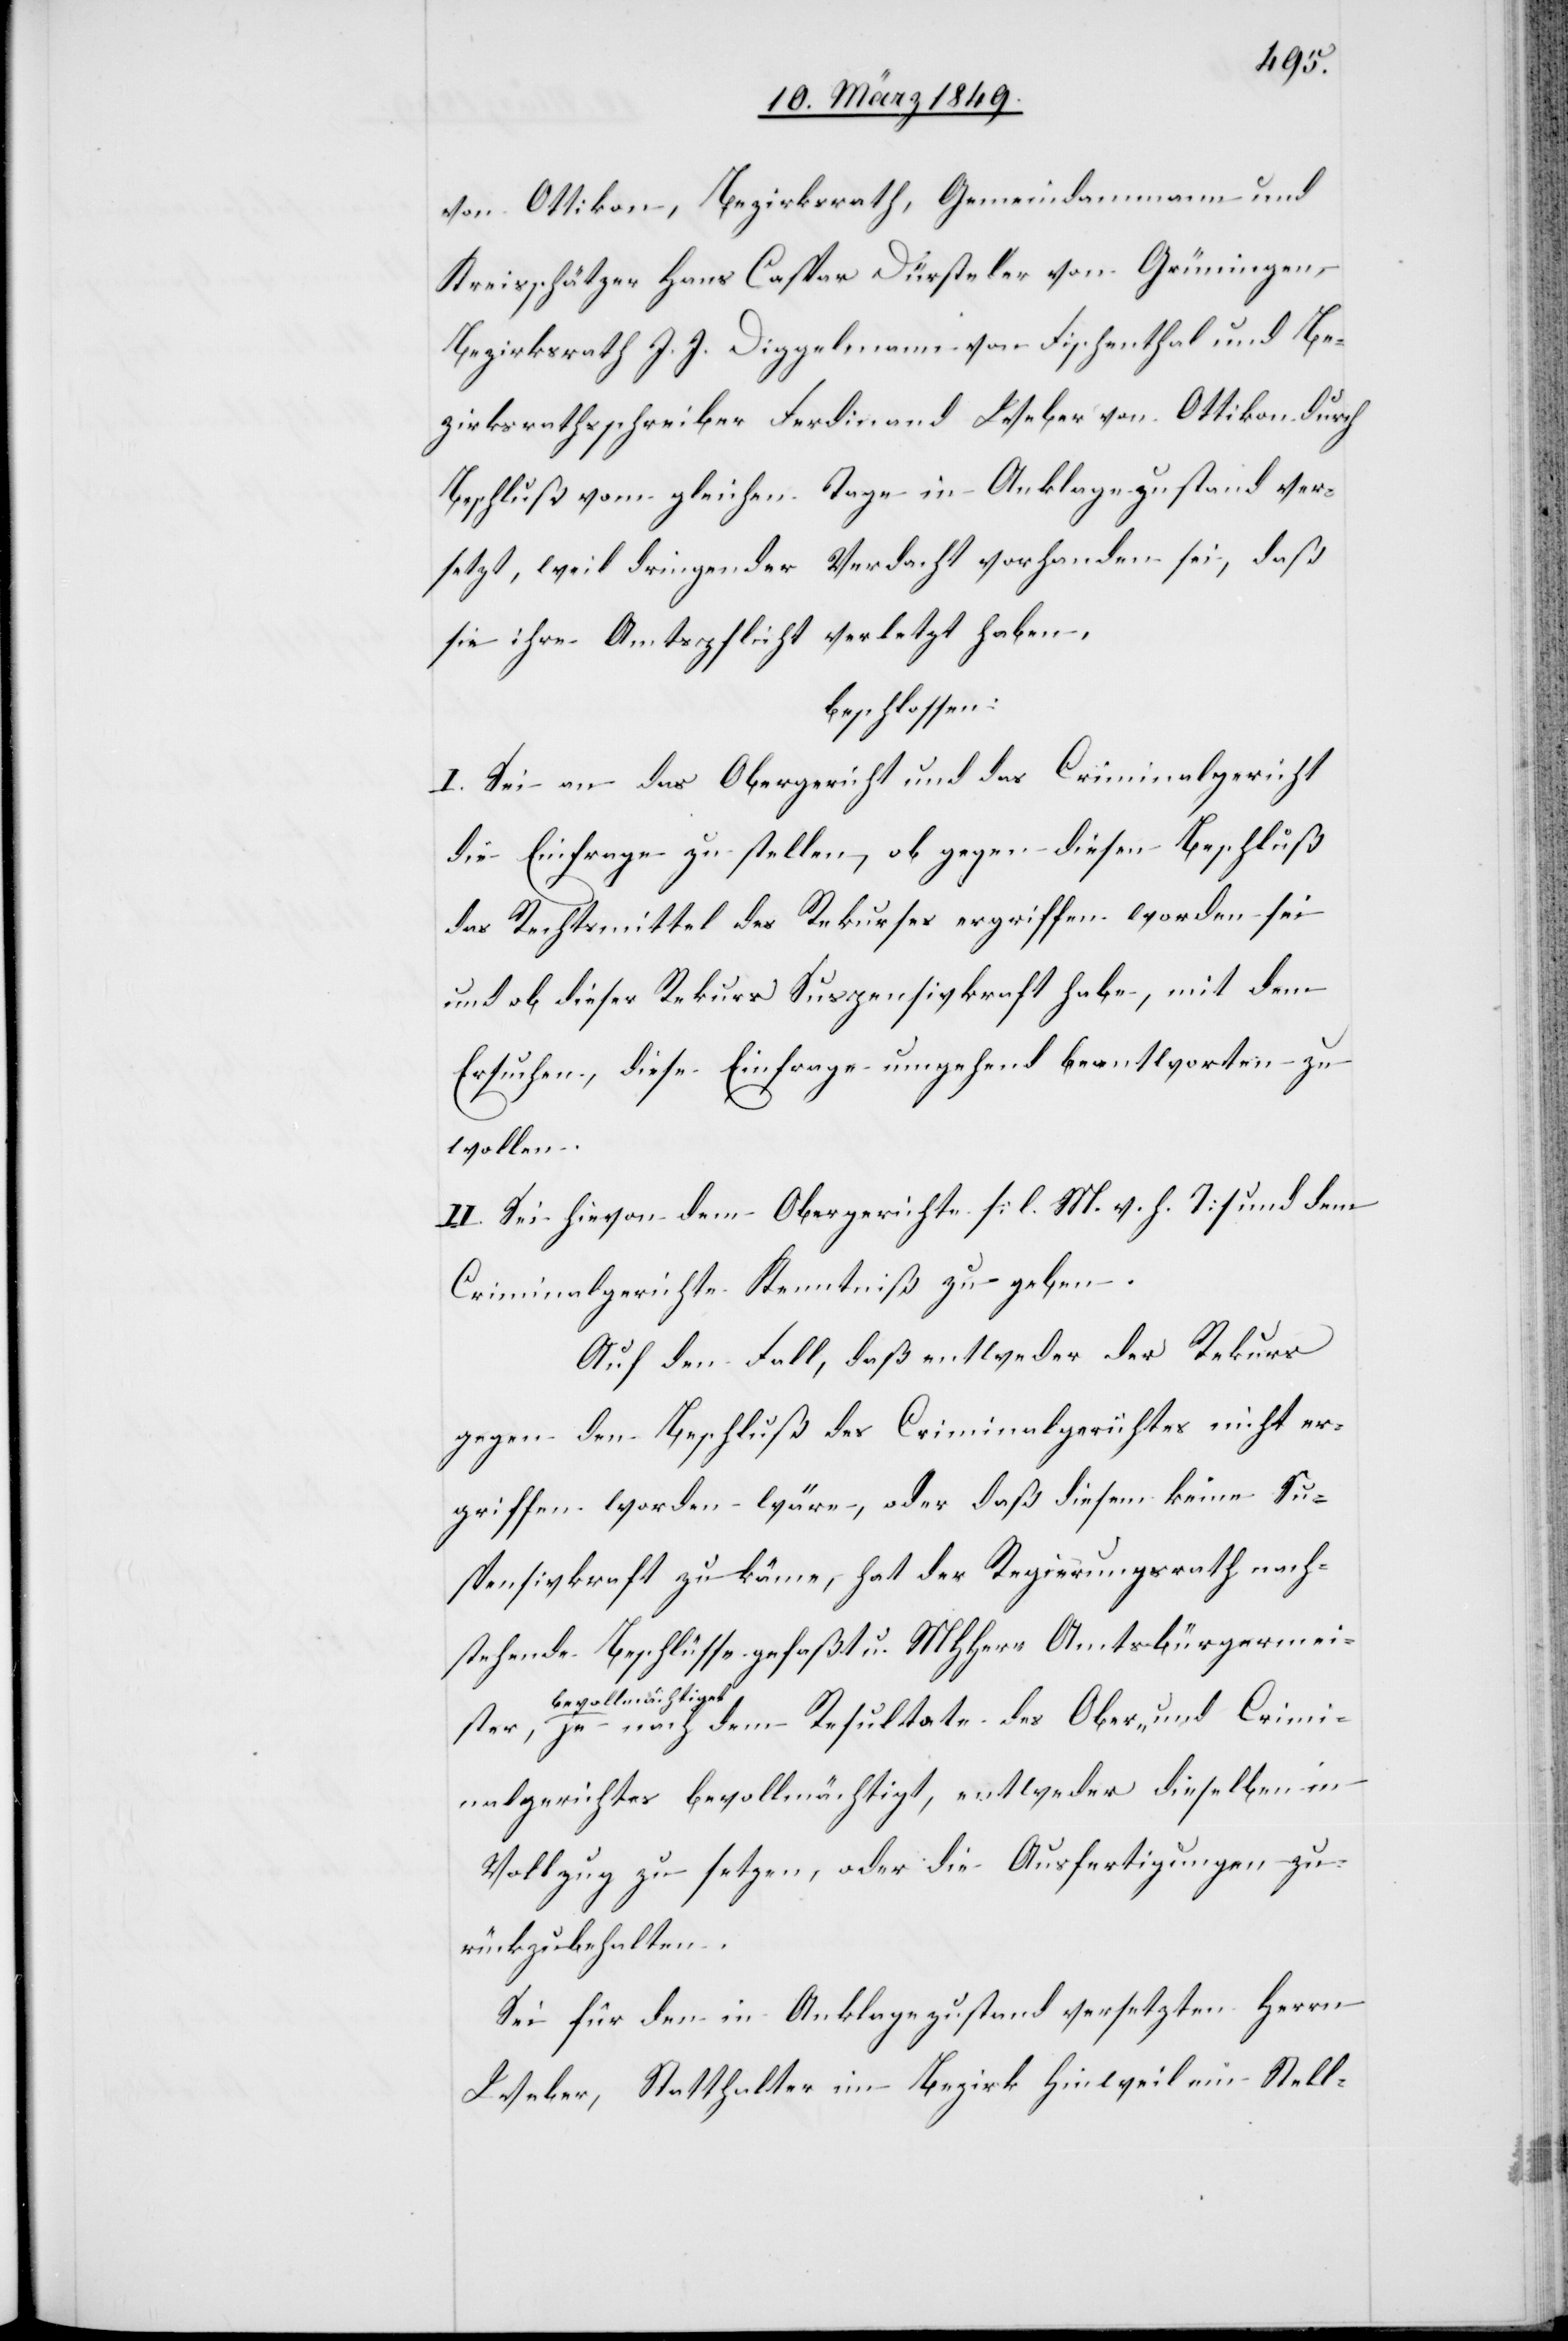
ster
von Ottikon, Bezirksrath, Gemeindammann und
Kreisschätzer Hans Caspar Dürsteler von Grüningen,
Bezirksrath J. J. Diggelmann von Fischenthal und Be¬
zirksrathsschreiber Ferdinand Weber von Ottikon durch
Beschluß vom gleichen Tage in Anklagezustand ver¬
setzt, weil dringender Verdacht vorhanden sei, daß
sie ihre Amtspflicht verletzt haben,
beschlossen:
I. Sei an das Obergericht und das Criminalgericht
die Einfrage zu stellen, ob gegen diesen Beschluß
das Rechtsmittel des Rekurses ergriffen worden sei
und ob dieser Rekurs Suspensivkraft habe, mit dem
Ersuchen, diese Einfrage umgehend beantworten zu
wollen.
II. Sei hievon dem Obergerichte [l. M. v. h. T] und dem
Criminalgerichte Kenntniß zu geben.
Auf den Fall, daß entweder der Rekurs
gegen den Beschluß des Criminalgerichtes nicht er¬
griffen worden wäre, oder daß diesem keine Su¬
spensivkraft zukäme, hat der Regierungsrath nach¬
stehende Beschlüsse gefaßt u. MHHerr Amtsbürgermei¬
bevollmächtige¬
t, je nach dem Resultate des Ober- und Crimi¬
nalgerichtes bevollmächtigt [sic!], entweder dieselben in
Vollzug zu setzen, oder die Ausfertigungen zu¬
rückzubehalten.
Sei für den in Anklagezustand versetzten Herrn
Weber, Statthalter im Bezirk Hinweil ein Stell-